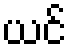
ယင်